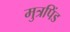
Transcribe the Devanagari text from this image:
मुत्रपिंड